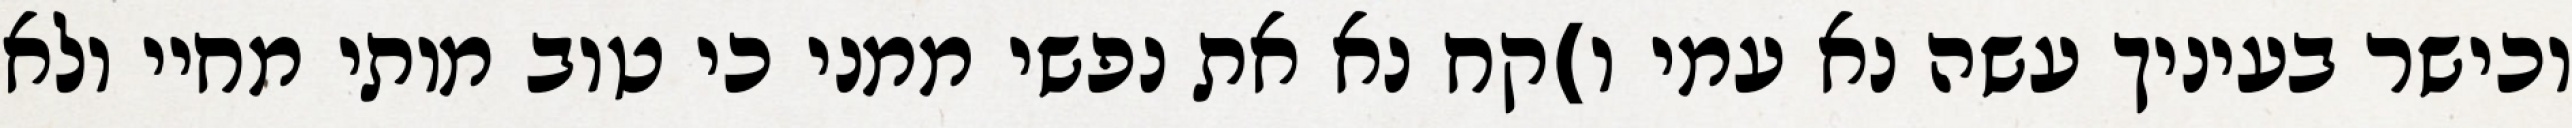
וכישר בעיניך עשה נא עמי ו)קח נא את נפשי ממני כי טוב מותי מחיי ולא